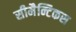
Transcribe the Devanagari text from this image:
सीमैन्टिकस